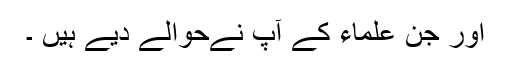
اور جن علماء کے آپ نے‌حوالے دیے ہیں ۔